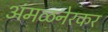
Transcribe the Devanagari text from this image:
अंमळनेरकर